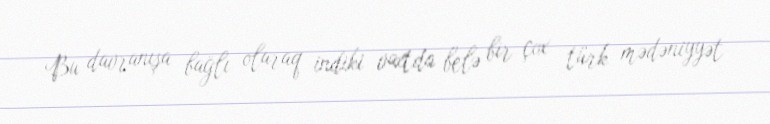
Bu davranışa bağlı olaraq indiki vaxtda belə bir çox türk mədəniyyət